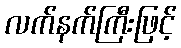
လက်နက်ကြီးဖြင့်